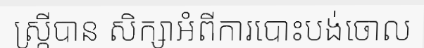
ស្ត្រីបាន សិក្សាអំពីការបោះបង់ចោល